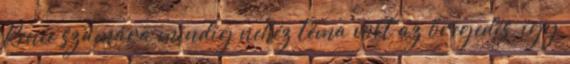
Renée számára mindig nehéz téma volt az öregedés, így